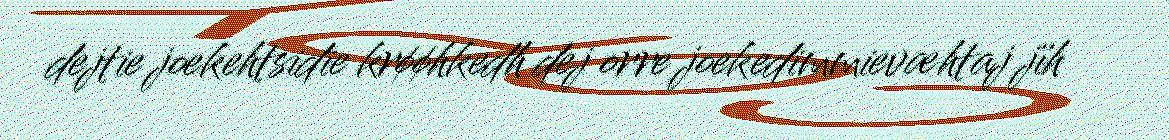
dejtie joekehtsidie krøøhkedh dej orre joekedimmievæhtaj jïh